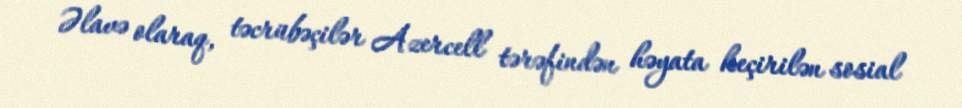
Əlavə olaraq, təcrübəçilər Azercell tərəfindən həyata keçirilən sosial